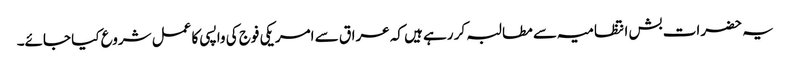
یہ حضرات بش انتظامیہ سے مطالبہ کر رہے ہیں کہ عراق سے امریکی فوج کی واپسی کا عمل شروع کیا جائے۔